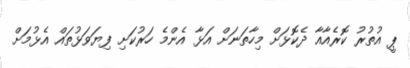
ޕީ އުތުރު ކޮރެއާއާ ދެކޮޅަށް މިހާތަނަށް އަޅާ އެންމެ ހަރުކަށި ފިޔަވަޅުތައް އެޅުމަށް